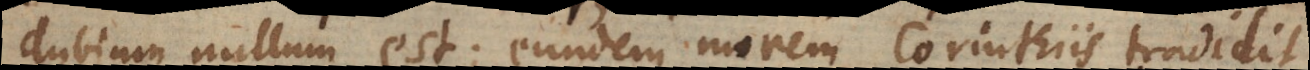
dubium nullum est; eundem morem Corinthiis tradidit